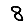
Digit: 8